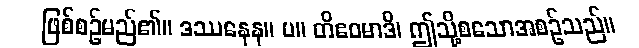
ဖြစ်စဉ်မည်၏။ ဒဿနေန။ ပ။ တိဧဝမာဒိ၊ ဤသို့စသောအစဉ်သည်။